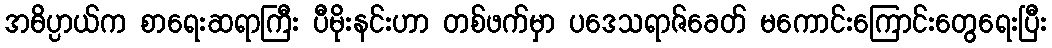
အဓိပ္ပာယ်က စာရေးဆရာကြီး ပီမိုးနင်းဟာ တစ်ဖက်မှာ ပဒေသရာဇ်ခေတ် မကောင်းကြောင်းတွေရေးပြီး